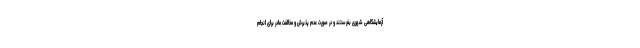
آزمایشگاهی شهری بفرستند و در صورت عدم پذیرش و مخالفت مادر برای انجام